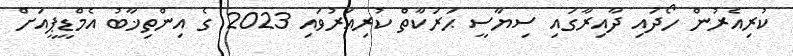
ކުރިއެރުން ހޯދައި ދާއިރާގައި ސިޔާސީ ޙަރަކާތް ކުރިއަރުވައި 2023 ގެ އިންތިޚާބު އެމްޑީޕީއަށް